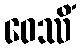
ဝေဿိံ